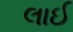
લાઈ